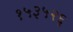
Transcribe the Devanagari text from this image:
१५३५२६